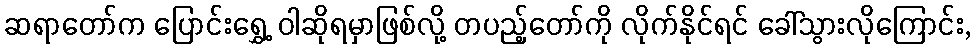
ဆရာတော်က ပြောင်းရွှေ့ ဝါဆိုရမှာဖြစ်လို့ တပည့်တော်ကို လိုက်နိုင်ရင် ခေါ်သွားလိုကြောင်း,